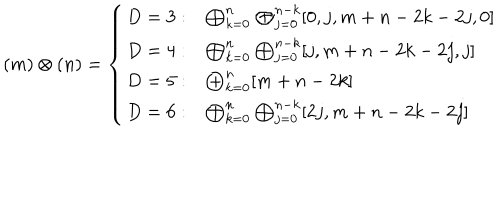
( m ) \otimes ( n ) = \left\{ \begin{array} { l l } { { D = 3 : } } & { { \bigoplus _ { k = 0 } ^ { n } \bigoplus _ { j = 0 } ^ { n - k } [ 0 , j , m + n - 2 k - 2 j , 0 ] } } \\ { { D = 4 : } } & { { \bigoplus _ { k = 0 } ^ { n } \bigoplus _ { j = 0 } ^ { n - k } [ j , m + n - 2 k - 2 j , j ] } } \\ { { D = 5 : } } & { { \bigoplus _ { k = 0 } ^ { n } [ m + n - 2 k ] } } \\ { { D = 6 : } } & { { \bigoplus _ { k = 0 } ^ { n } \bigoplus _ { j = 0 } ^ { n - k } [ 2 j , m + n - 2 k - 2 j ] } } \\ \end{array} \right.